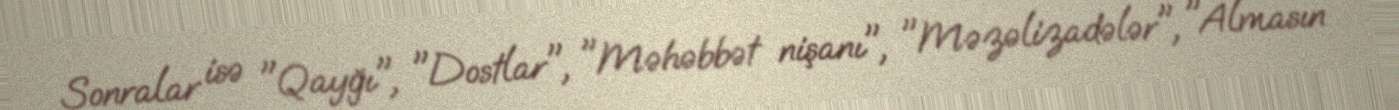
Sonralar isə "Qayğı", "Dostlar", "Məhəbbət nişanı", "Məzəlizadələr", "Almasın